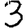
Digit: 3